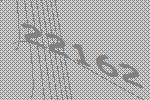
22162